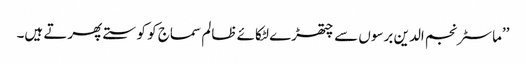
’’ماسٹر نجم الدین برسوں سے چتھڑے لٹکائے ظالم سماج کو کوستے پھرتے ہیں۔